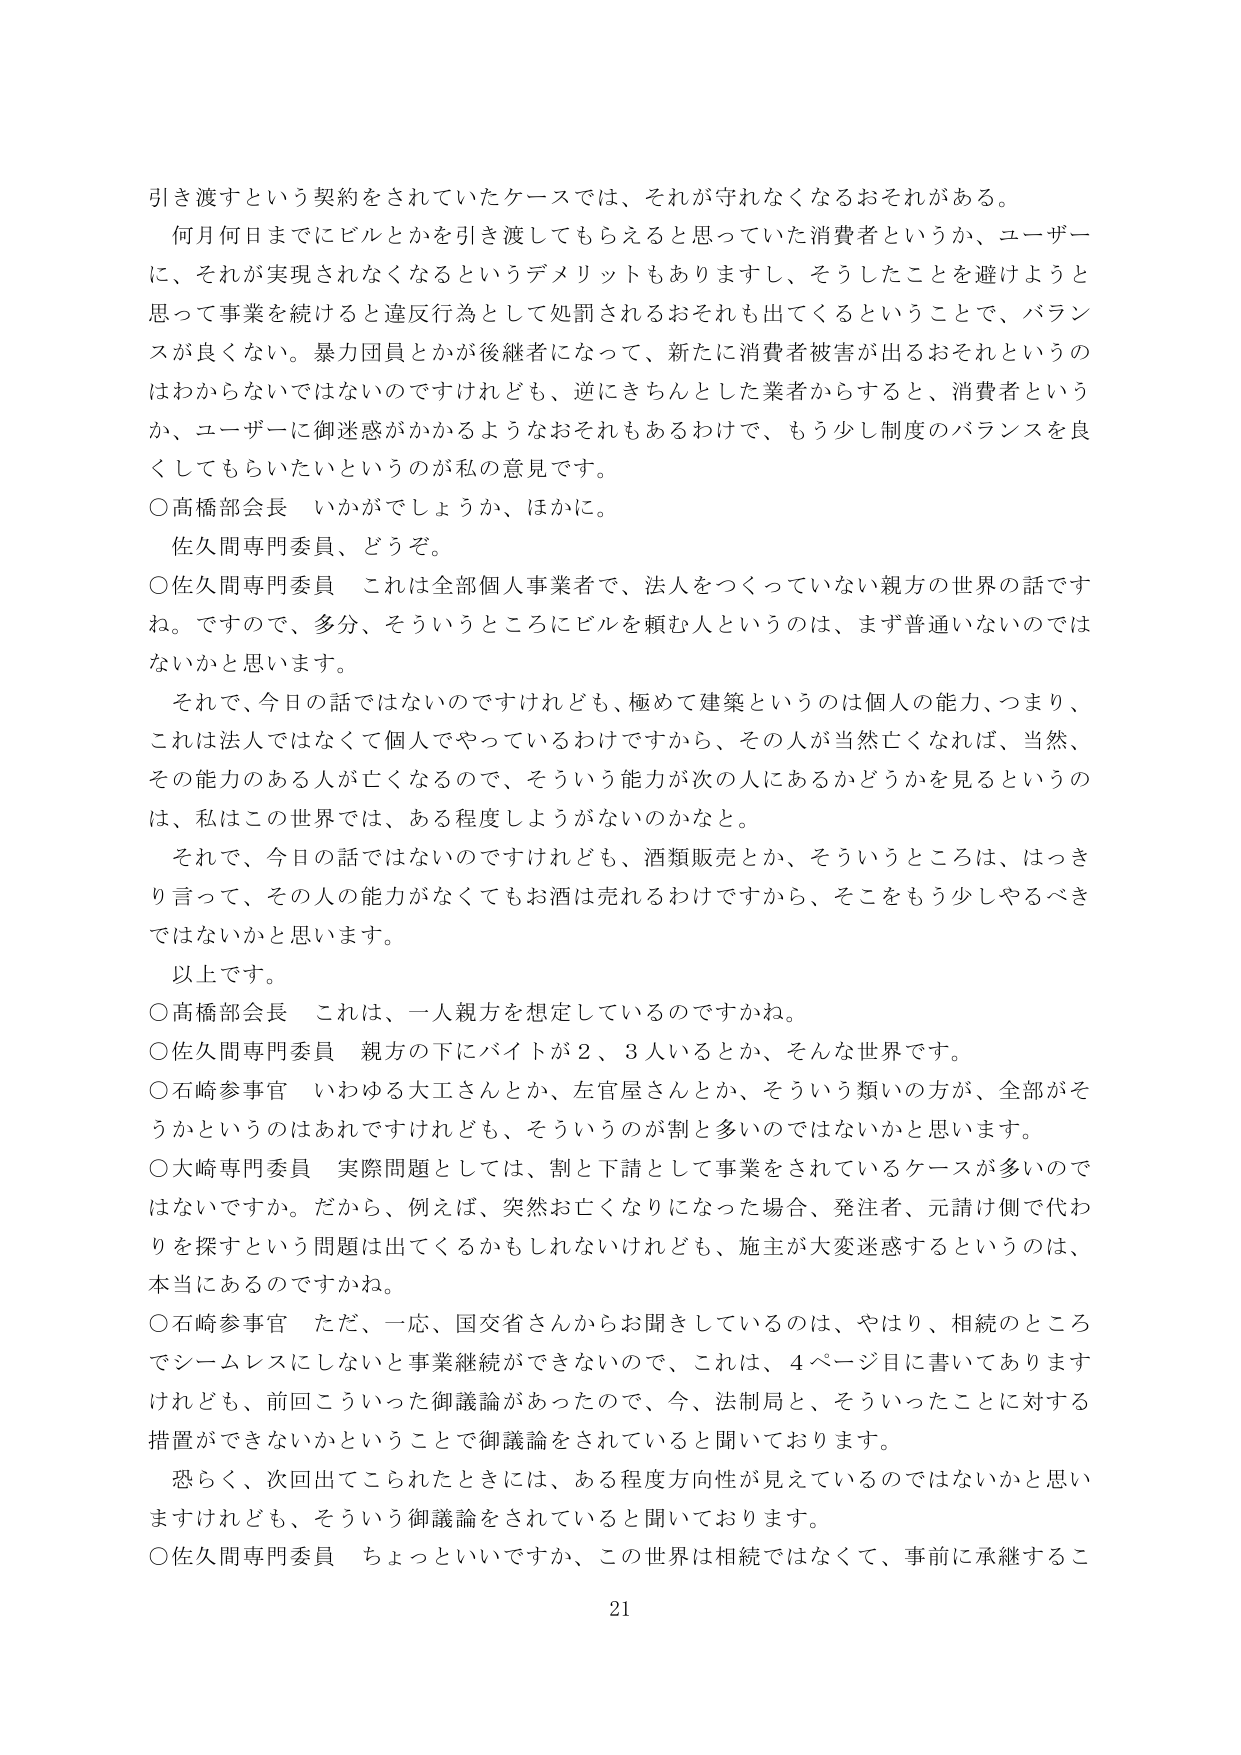
引き渡すという契約をされていたケースでは、それが守れなくなるおそれがある。
何月何日までにビルとかを引き渡してもらえると思っていた消費者というか、ユーザーに、それが実現されなくなるというデメリットもありますし、そうしたことを避けようと思って事業を続けると違反行為として処罰されるおそれも出てくるということで、バランスが良くない。暴力団員とかが後継者になって、新たに消費者被害が出るおそれというのはわからないではないのですけれども、逆にきちんとした業者からすると、消費者というか、ユーザーに御迷惑がかかるようなおそれもあるわけで、もう少し制度のバランスを良くしてもらいたいというのが私の意見です。
○高橋部会長　いかがでしょうか、ほかに。
佐久間専門委員、どうぞ。
○佐久間専門委員　これは全部個人事業者で、法人をつくっていない親方の世界の話ですね。ですので、多分、そういうところにビルを頼む人というのは、まず普通いないのではないかと思います。
それで、今日の話ではないのですけれども、極めて建築というのは個人の能力、つまり、これは法人ではなくて個人でやっているわけですから、その人が当然亡くなれば、当然、その能力のある人が亡くなるので、そういう能力が次の人にあるかどうかを見るというのは、私はこの世界では、ある程度しようがないのかなと。
それで、今日の話ではないのですけれども、酒類販売とか、そういうところは、はっきり言って、その人の能力がなくてもお酒は売れるわけですから、そこをもう少しやるべきではないかと思います。
以上です。
○高橋部会長　これは、一人親方を想定しているのですかね。
○佐久間専門委員　親方の下にバイトが２、３人いるとか、そんな世界です。
○石崎参事官　いわゆる大工さんとか、左官屋さんとか、そういう類いの方が、全部がそうかというのはあれですけれども、そういうのが割と多いのではないかと思います。
○大崎専門委員　実際問題としては、割と下請として事業をされているケースが多いのではないでしょうか。だから、例えば、突然お亡くなりになった場合、発注者、元請け側で代わりを探すという問題は出てくるかもしれないけれども、施主が大変迷惑するというのは、本当にあるのですかね。
○石崎参事官　ただ、一応、国交省さんからお聞きしているのは、やはり、相続のところでシームレスにしないと事業継続ができないので、これは、４ページ目に書いてありますけれども、前回こういった御議論があったので、今、法制局と、そういったことに対する措置ができないかということで御議論をされていると聞いております。
恐らく、次回出てこられたときには、ある程度方向性が見えていないのではないかと思いますけれども、そういう御議論をされていると聞いております。
○佐久間専門委員　ちょっといいですか、この世界は相続ではなくて、事前に承継するこ
21